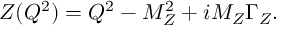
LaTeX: Z ( Q ^ { 2 } ) = Q ^ { 2 } - M _ { Z } ^ { 2 } + i M _ { Z } \Gamma _ { Z } .